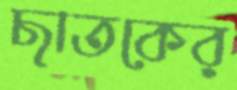
ছাতকের